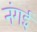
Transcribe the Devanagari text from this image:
नंगई